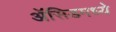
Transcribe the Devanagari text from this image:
ॲसिडमध्ये